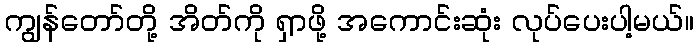
ကျွန်တော်တို့ အိတ်ကို ရှာဖို့ အကောင်းဆုံး လုပ်ပေးပါ့မယ်။